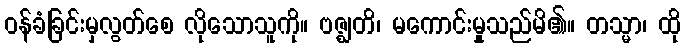
ဝန်ခံခြင်းမှလွတ်စေ လိုသောသူကို။ ဗဇ္ဈတိ၊ မကောင်းမှုသည်မိ၏။ တသ္မာ၊ ထို